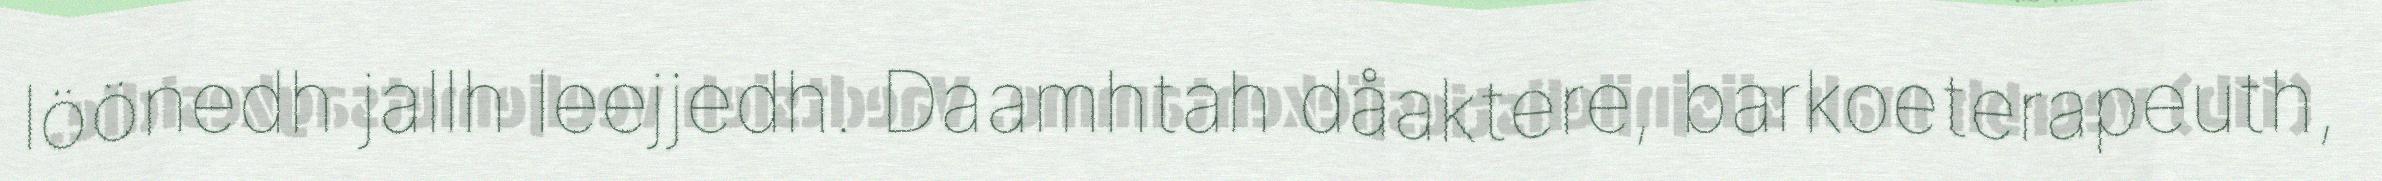
löönedh jallh leejjedh. Daamhtah dåaktere, barkoeterapeuth,